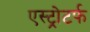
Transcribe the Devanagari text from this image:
एस्ट्रोटर्फ